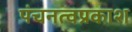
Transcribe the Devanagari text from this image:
पंचनत्वप्रकाश